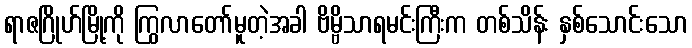
ရာဇဂြိုဟ်မြို့ကို ကြွလာတော်မူတဲ့အခါ ဗိမ္ဗိသာရမင်းကြီးက တစ်သိန်း နှစ်သောင်းသော